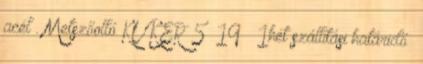
acél . Metszőolló KUKER 5 19 1hét szállítási határidő